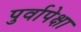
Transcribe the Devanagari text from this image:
पुर्वापेक्षा